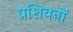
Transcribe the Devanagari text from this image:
प्रशियनों